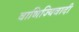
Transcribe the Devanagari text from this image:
वाणिज्यिवादी